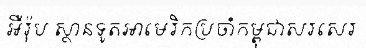
អឺរ៉ុប ស្ថានទូតអាមេរិកប្រចាំកម្ពុជាសរសេរ